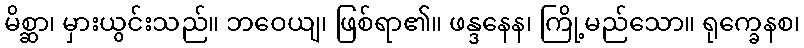
မိစ္ဆာ၊ မှားယွင်းသည်။ ဘဝေယျ၊ ဖြစ်ရာ၏။ ဖန္ဒနေန၊ ကြို့မည်သော။ ရုက္ခေနစ၊